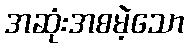
အဆုံးအစမဲ့သော